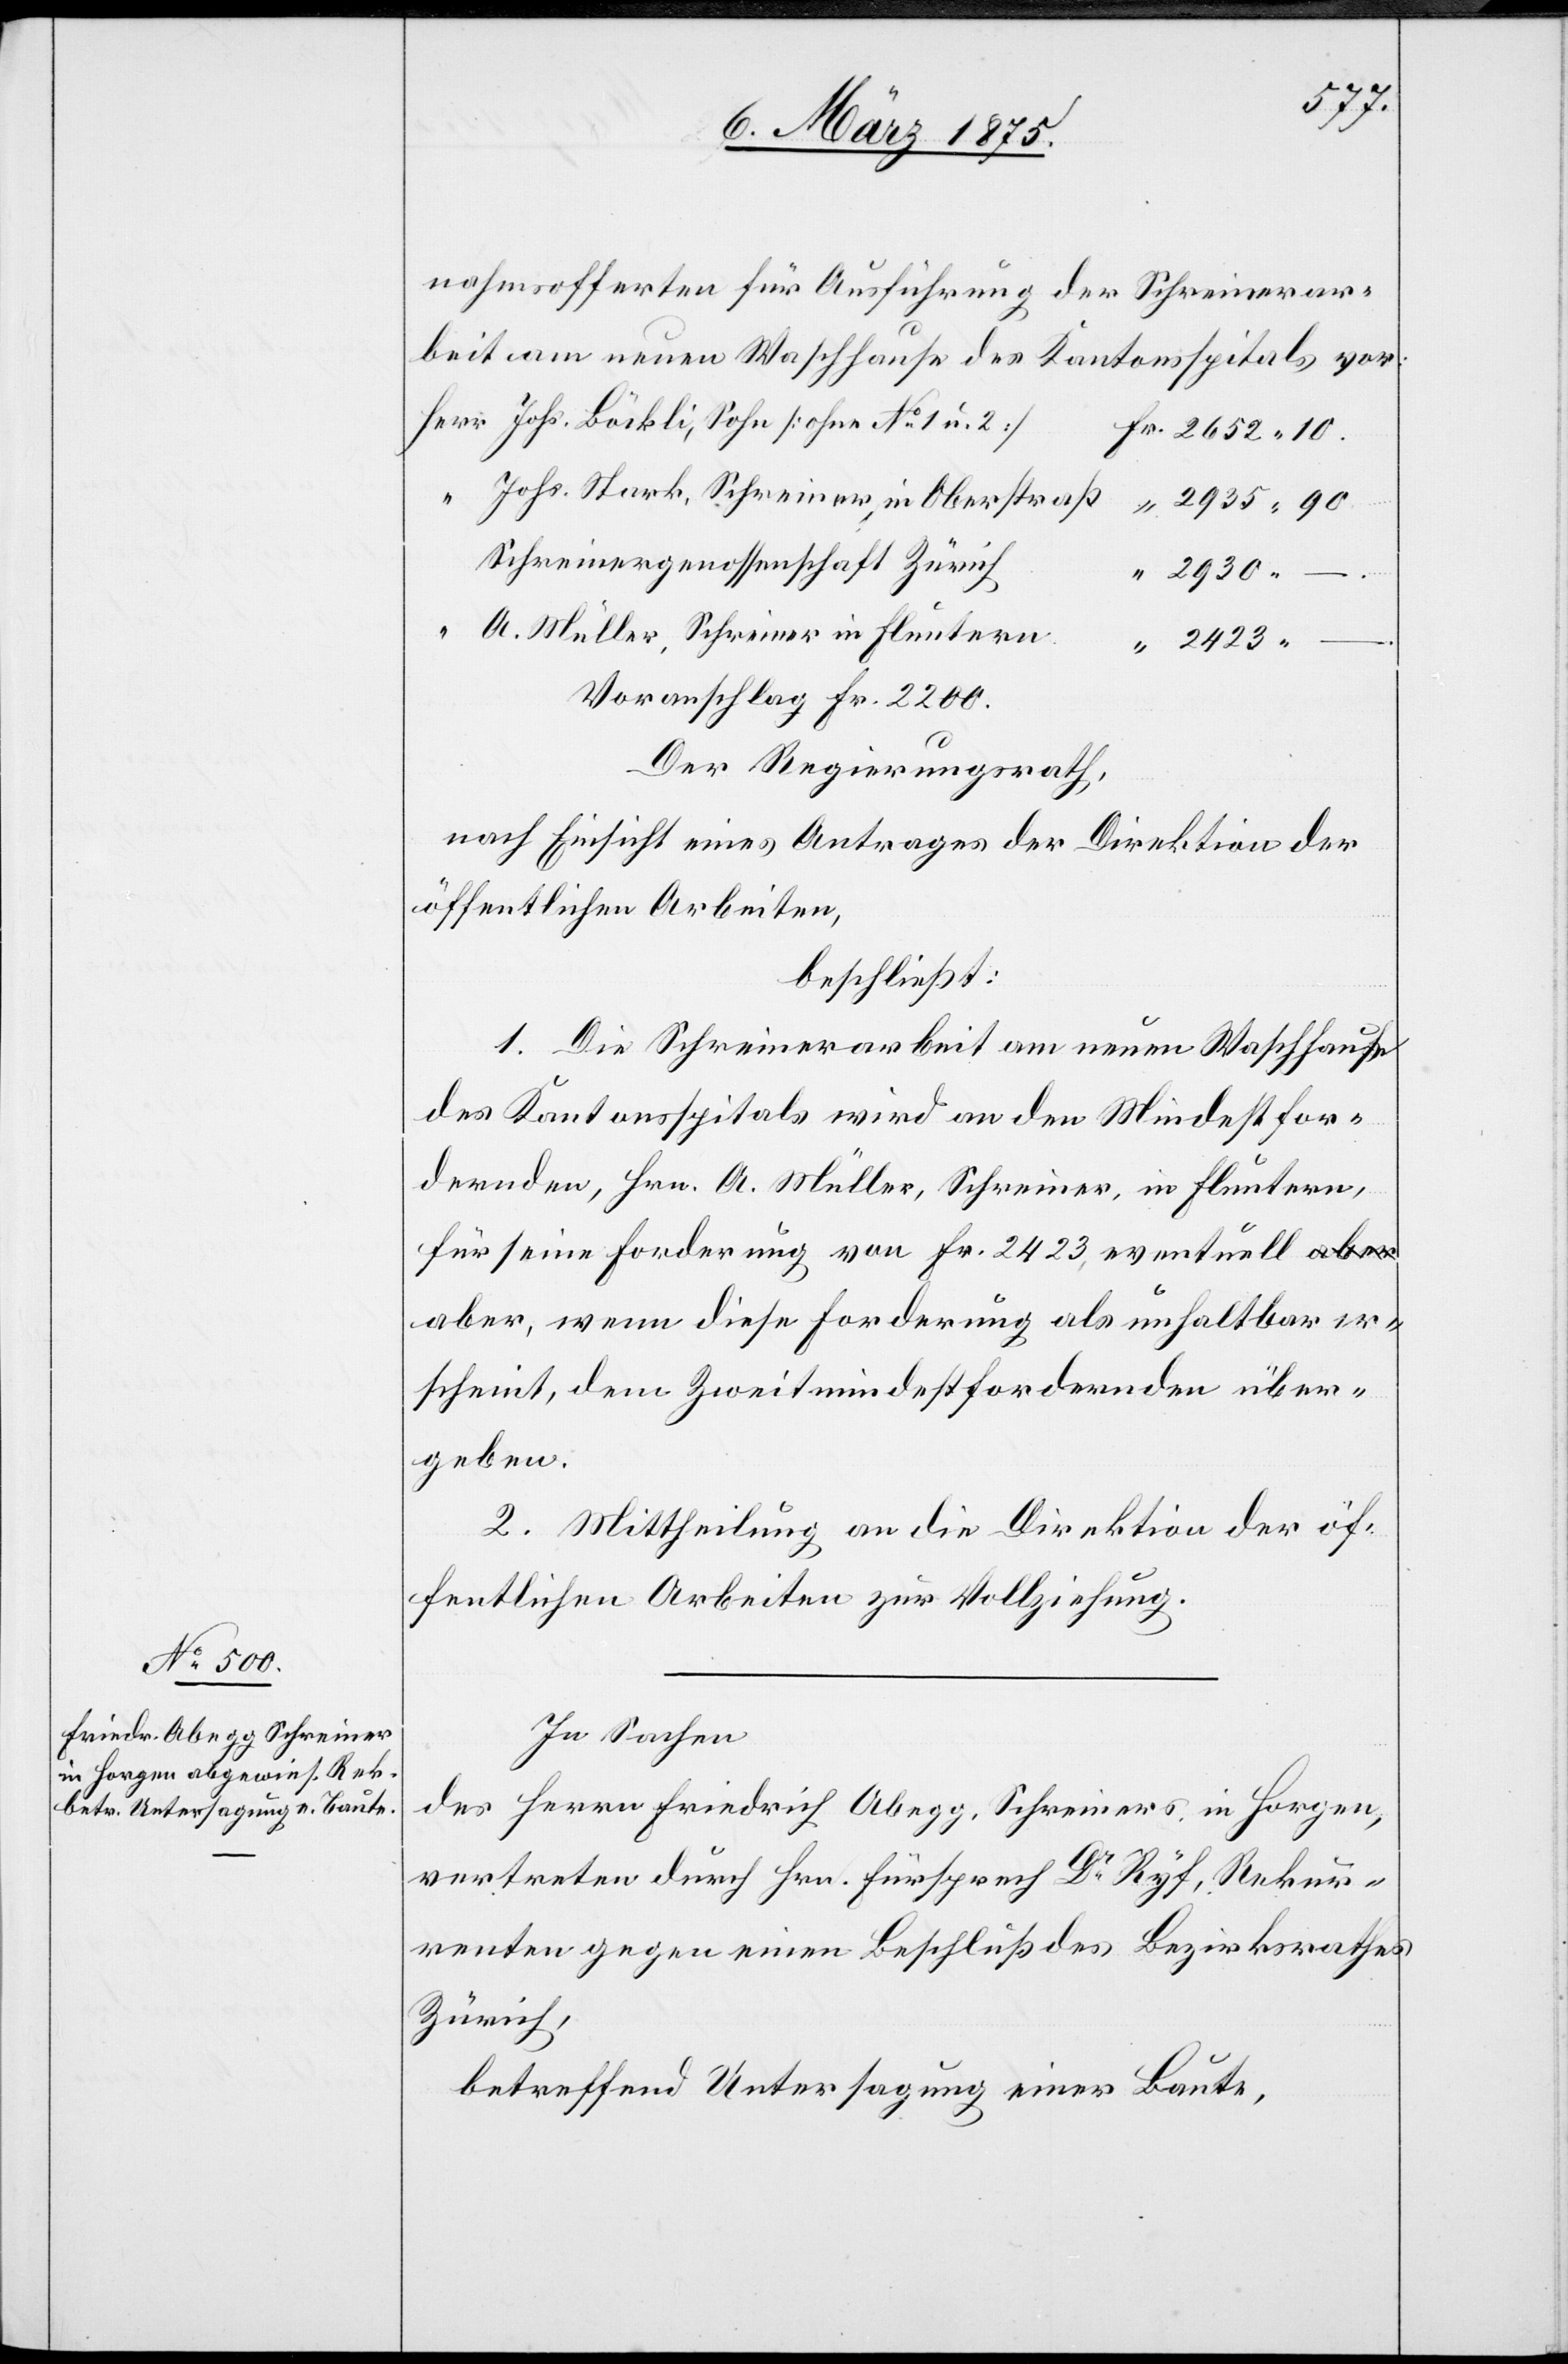
nahmsofferten für Ausführung der Schreinerar¬
beit am neuen Waschhause des Kantonsspitals vor:
Johs. Böckli, Sohn (ohne No 1 u. 2)
Johs. Stark, Schreiner, in Oberstraß
Schreinergenossenschaft Zürich
2930.
A. Müller, Schreiner in Fluntern.
Voranschlag Fr. 2200.
Der Regierungsrath,
nach Einsicht eines Antrages der Direktion der
öffentlichen Arbeiten,
beschließt:
1. Die Schreinerarbeit am neuen Waschhause
des Kantonsspitals wird an den Mindestfor¬
dernden Hrn. A. Müller, Schreiner, in Fluntern,
für seine Forderung von Fr. 2423, eventuell a¬
ber, wenn diese Forderung als unhaltbar er¬
scheint, dem Zweitmindestfordernden über¬
geben.
2. Mittheilung an die Direktion der öf¬
fentlichen Arbeiten zur Vollziehung.
In Sachen
des Herrn Friedrich Abegg, Schreiners, in Horgen,
vertreten durch Hrn. Fürsprech Dr Ryf, Rekur¬
renten gegen einen Beschluß des Bezirksrathes
Zürich,
betreffend Untersagung einer Baute,